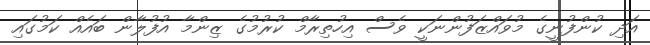
އަދި ކުންފުނީގެ މުވައްޒަފުންނަކީ ވެސް އިހުތިރާމް ކުރުމުގެ ޒިންމާ އުފުލާން ބައެއް ކަމުގައި